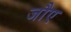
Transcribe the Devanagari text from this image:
जौए